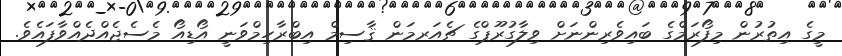
މީގެ އިތުރުން މިފޯރަމްގެ ބައިވެރިންނަށް ވިލާގުރޫޕްގެ ޗެއަރމަން ޤާސިމް އިބްރާހިމްވަނީ އޯޑިއޯ މެސެޖެއްދެއްވާފައެވެ.